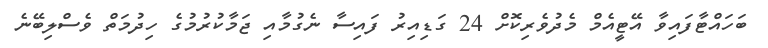
ބަހައްޓާފައިވާ އޭޓީއެމް މެދުވެރިކޮށް 24 ގަޑިއިރު ފައިސާ ނެގުމާއި ޖަމާކުރުމުގެ ހިދުމަތް ވެސްލިބޭނެ